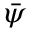
\bar { \psi }